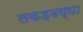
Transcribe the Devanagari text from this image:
लकड़बघ्घा